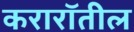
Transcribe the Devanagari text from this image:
करारॉतील